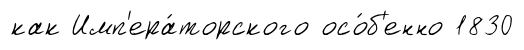
как Имп'ера́торского осо́б'енно 1830